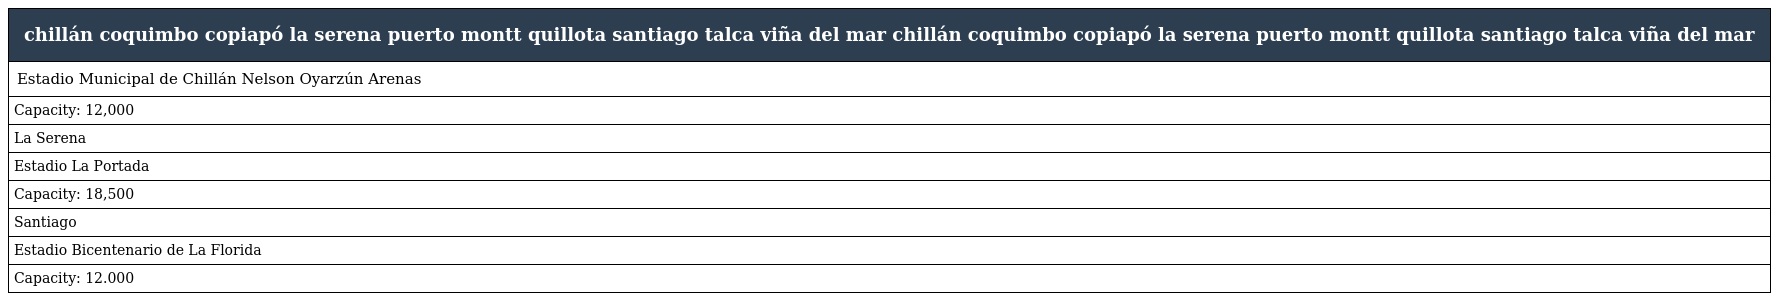
| chillán coquimbo copiapó la serena puerto montt quillota santiago talca viña del mar chillán coquimbo copiapó la serena puerto montt quillota santiago talca viña del mar |
 | --- |
 | Estadio Municipal de Chillán Nelson Oyarzún Arenas |
 | Capacity: 12,000 |
 | La Serena |
 | Estadio La Portada |
 | Capacity: 18,500 |
 | Santiago |
 | Estadio Bicentenario de La Florida |
 | Capacity: 12.000 |